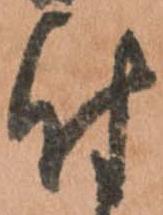
付